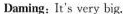
Daming：It's very big.